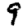
Digit: 9